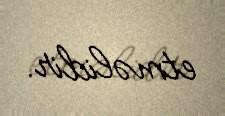
etməlidir.